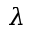
\lambda